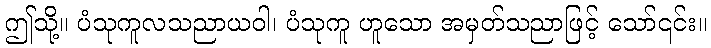
ဤသို့။ ပံသုကူလသညာယဝါ၊ ပံသုကူ ဟူသော အမှတ်သညာဖြင့် သော်၎င်း။